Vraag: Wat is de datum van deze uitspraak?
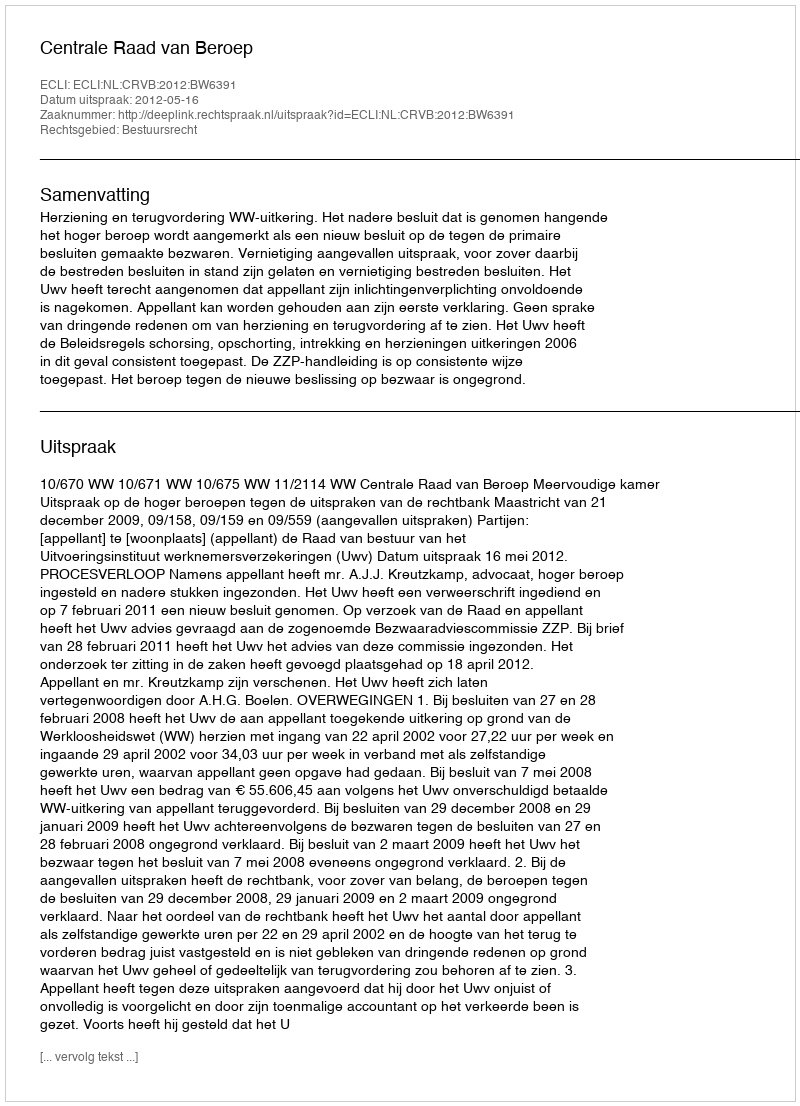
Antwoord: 2012-05-16